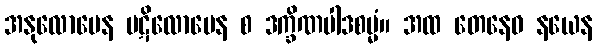
အနုလောမေန ပဋိလောမေန စ ဒက္ခိဏပါဒစမ္မံ။ အထ တေနေဝ နယေန